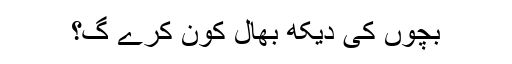
بچوں کی دیکھ بھال کون کرے گ؟